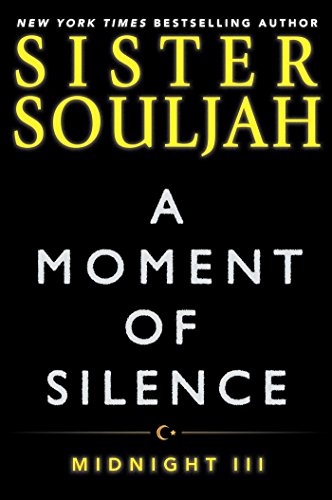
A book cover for A Moment of Silence: Midnight III (The Midnight Series); Sister Souljah; Mystery, Thriller & Suspense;